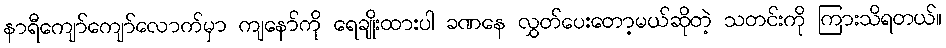
နာရီကျော်ကျော်လောက်မှာ ကျနော်ကို ရေချိုးထားပါ ခဏနေ လွှတ်ပေးတော့မယ်ဆိုတဲ့ သတင်းကို ကြားသိရတယ်။